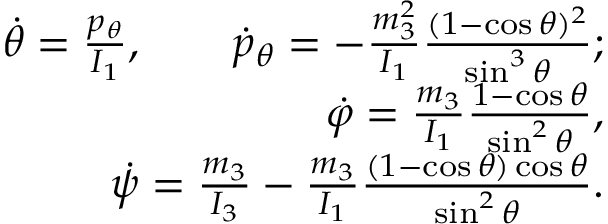
\begin{array} { r } { \dot { \theta } = \frac { p _ { \theta } } { I _ { 1 } } , \qquad \dot { p } _ { \theta } = - \frac { m _ { 3 } ^ { 2 } } { I _ { 1 } } \frac { ( 1 - \cos \theta ) ^ { 2 } } { \sin ^ { 3 } \theta } ; } \\ { \dot { \varphi } = \frac { m _ { 3 } } { I _ { 1 } } \frac { 1 - \cos \theta } { \sin ^ { 2 } \theta } , } \\ { \dot { \psi } = \frac { m _ { 3 } } { I _ { 3 } } - \frac { m _ { 3 } } { I _ { 1 } } \frac { ( 1 - \cos \theta ) \cos \theta } { \sin ^ { 2 } \theta } . } \end{array}